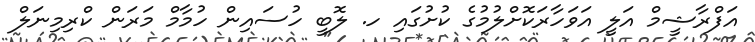
އަފްރާޝީމް އަލީ އަވަހާރަކޮށްލުމުގެ ކުށުގައި ހ. ލޮބީ ހުސައިން ހުމާމް މަރަން ކްރިމިނަލް